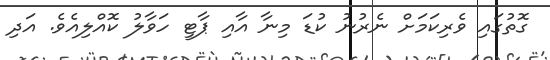
ގޮތުގައި ވެރިކަމަށް ނެރުނު ކުޑަ މިނާ އާއި ޕާޓީ ހަވާލު ކޮއްލިއެވެ. އަދި